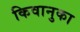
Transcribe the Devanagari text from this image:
किवानुका